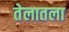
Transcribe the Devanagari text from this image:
तेलातला